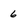
Character: 6